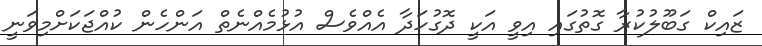
ޒައިކް ގަބޫލުކުރާ ގޮތުގައި އިވީ އަކީ ދޮގުހަދާ އެއްވެސް އުޅުމެއްނެތް އަންހެން ކުއްޖަކަށްމިވަނީ